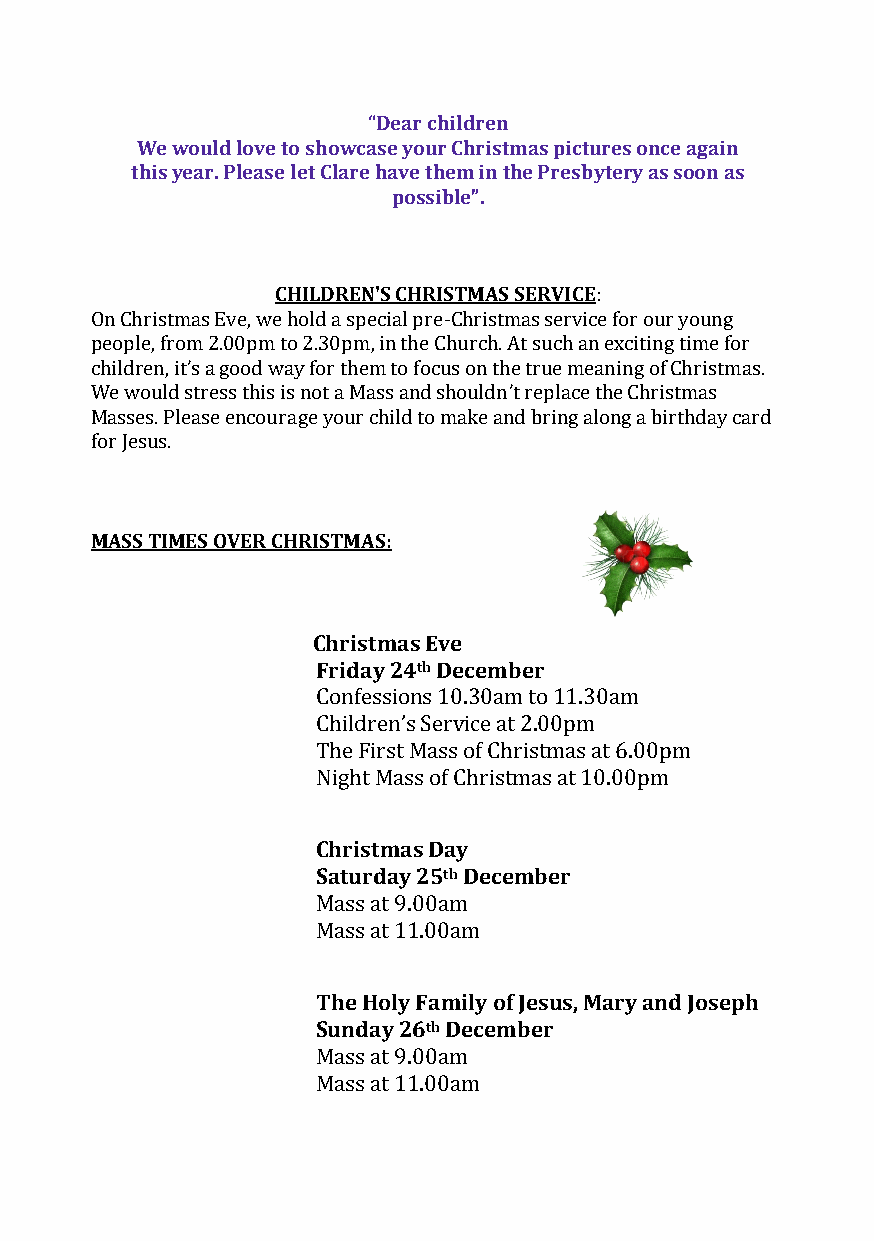
“Dear children
 We would love to showcase your Christmas pictures once again
 this year. Please let Clare have them in the Presbytery as soon as
 possible”.
 CHILDREN'S CHRISTMAS SERVICE:
 On Christmas Eve, we hold a special pre-Christmas service for our young
 people, from 2.00pm to 2.30pm, in the Church. At such an exciting time for
 children, it’s a good way for them to focus on the true meaning of Christmas.
 We would stress this is not a Mass and shouldn’t replace the Christmas
 Masses. Please encourage your child to make and bring along a birthday card
 for Jesus.
 MASS TIMES OVER CHRISTMAS:
 Christmas Eve
 Friday 24th December
 Confessions 10.30am to 11.30am
 Children’s Service at 2.00pm
 The First Mass of Christmas at 6.00pm
 Night Mass of Christmas at 10.00pm
 Christmas Day
 Saturday 25th December
 Mass at 9.00am
 Mass at 11.00am
 The Holy Family of Jesus, Mary and Joseph
 Sunday 26th December
 Mass at 9.00am
 Mass at 11.00am